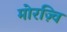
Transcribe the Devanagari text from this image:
मोरज़्वि